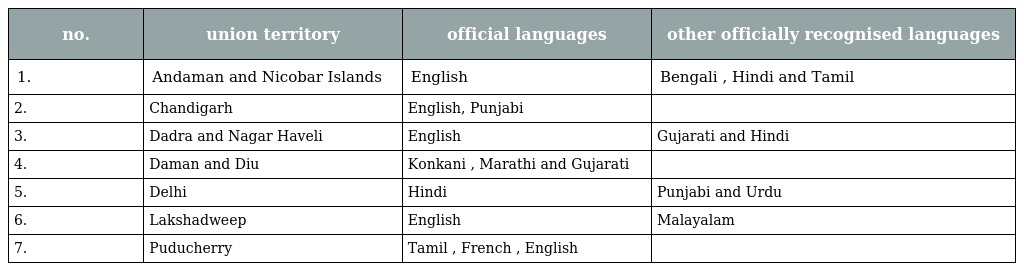
| no. | union territory | official languages | other officially recognised languages |
 | --- | --- | --- | --- |
 | 1. | Andaman and Nicobar Islands | English | Bengali , Hindi and Tamil |
 | 2. | Chandigarh | English, Punjabi |  |
 | 3. | Dadra and Nagar Haveli | English | Gujarati and Hindi |
 | 4. | Daman and Diu | Konkani , Marathi and Gujarati |  |
 | 5. | Delhi | Hindi | Punjabi and Urdu |
 | 6. | Lakshadweep | English | Malayalam |
 | 7. | Puducherry | Tamil , French , English |  |